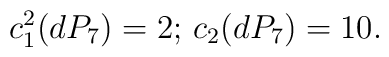
c_1^2(dP_7)=2;\,c_2(dP_7)=10.